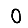
Digit: 0